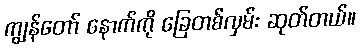
ကျွန်တော် နောက်ကို ခြေတစ်လှမ်း ဆုတ်တယ်။